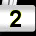
Digit: 2